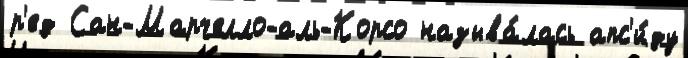
р'ед Сан-Марчелло-аль-Корсо называ́лась апс'и́ду